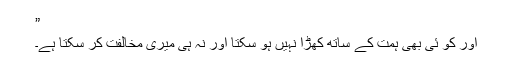
”
اور کو ئی بھی ہمت کے ساتھ کھڑا نہیں ہو سکتا اور نہ ہی میری مخالفت کر سکتا ہے۔